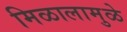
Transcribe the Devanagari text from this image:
मिळालामुळे